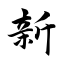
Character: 新